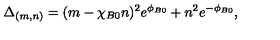
\Delta _ { ( m , n ) } = ( m - \chi _ { B 0 } n ) ^ { 2 } e ^ { \phi _ { B 0 } } + n ^ { 2 } e ^ { - \phi _ { B 0 } } ,